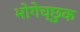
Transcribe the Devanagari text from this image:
भोगेच्छुक